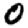
Digit: 0